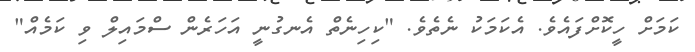
ކަމަށް ހީކޮށްފައެވެ. އެކަމަކު ނެތެވެ. "ކިހިނެތް އެނގުނީ އަހަރެން ސްމައިލް ވި ކަމެއް"